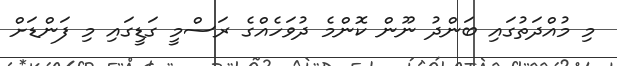
މި މުއްދަތުގައި ބަންދު ނޫން ކޮންމެ ދުވަހެއްގެ ރަސްމީ ގަޑީގައި މި ފަންޑަށް